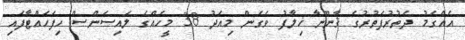
އެއްގަމު ދަތުރުފަތުރުގެ ޤާނޫނާ ޚިލާފު ވެގެން މިއަދު 38 މީހެއްގެ ލައިސަންސް ހިފަހައްޓާފައި